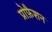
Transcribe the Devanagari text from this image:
प्रोफ़ैशन